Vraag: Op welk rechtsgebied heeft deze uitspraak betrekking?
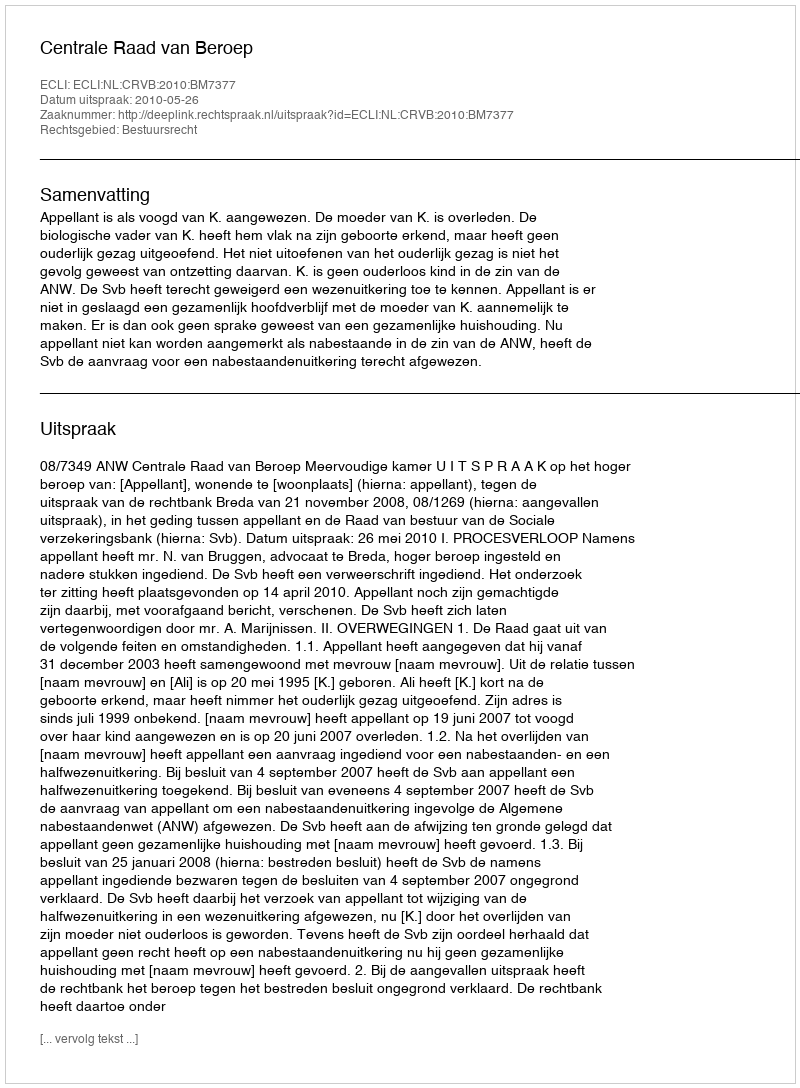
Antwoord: Bestuursrecht